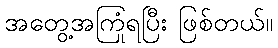
အတွေ့အကြုံရပြီး ဖြစ်တယ်။